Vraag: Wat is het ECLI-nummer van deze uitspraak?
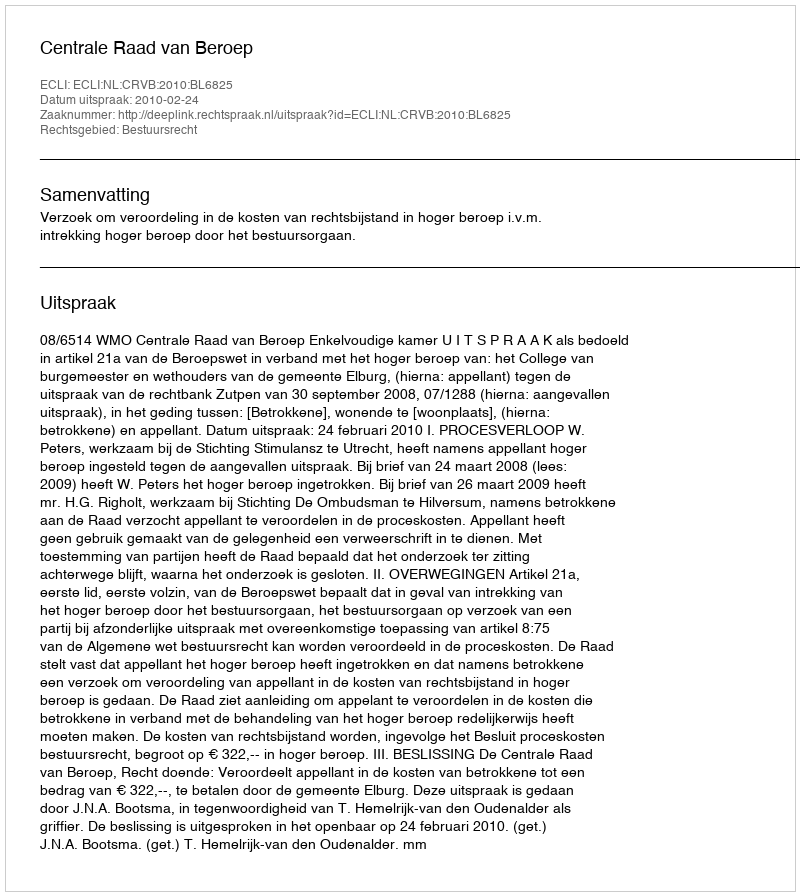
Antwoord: ECLI:NL:CRVB:2010:BL6825